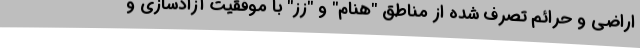
اراضی و حرائم تصرف شده از مناطق "هنام" و "زز" با موفقیت آزادسازی و